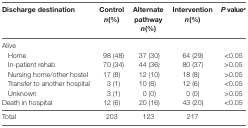
| Discharge destination | Controln(%) | Alternate pathwayn(%) | Interventionn(%) | P valuea |
 | --- | --- | --- | --- | --- |
 | <COLSPAN=5> Alive |
 | Home | 98 (48) | 37 (30) | 64 (29) | <0.05 |
 | In-patient rehab | 70 (34) | 44 (36) | 80 (37) | >0.05 |
 | Nursing home/other hostel | 17 (8) | 12 (10) | 18 (8) | >0.05 |
 | Transfer to another hospital | 3 (1) | 10 (8) | 12 (6) | <0.05 |
 | Unknown | 3 (1) | 0 (0) | 0 (0) | >0.05 |
 | Death in hospital | 12 (6) | 20 (16) | 43 (20) | <0.05 |
 | Total | 203 | 123 | 217 |  |